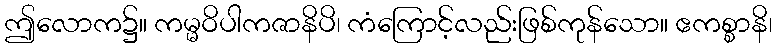
ဤလောက၌။ ကမ္မဝိပါကဇာနိပိ၊ ကံကြောင့်လည်းဖြစ်ကုန်သော။ ဧကစ္စာနိ၊